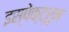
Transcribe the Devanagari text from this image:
इस्पेक्ट्रुम